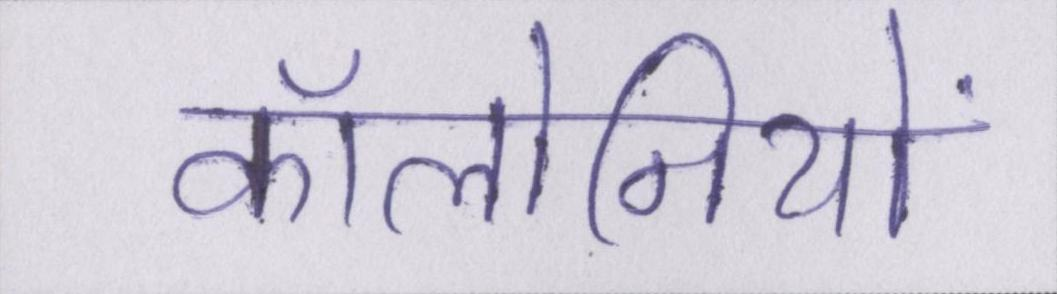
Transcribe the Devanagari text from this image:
कॉलोनियों